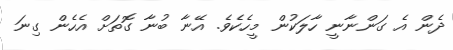
ދެން އެ ގަންނާނީ ހާލަކުން މީހެކެވެ. އޭނާ ބުނާ ގޮތަށް އެހެން ގިނަ